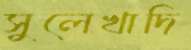
সুলেখাদি